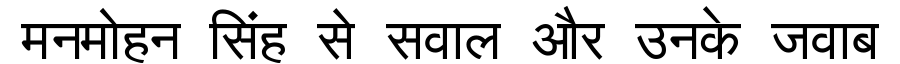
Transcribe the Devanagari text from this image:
मनमोहन सिंह से सवाल और उनके जवाब